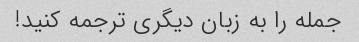
جمله را به زبان دیگری ترجمه کنید!